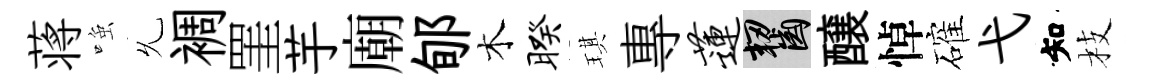
蒋𫪻𠃔裯罣芋廟郇木暌琪專莲齧醸悼確弋知枝